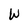
Character: W